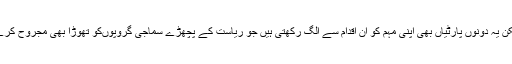
لیکن یہ دونوں پارٹیاں بھی اپنی مہم کو ان اقدام سے الگ رکھتی ہیں جو ریاست کے پچھڑے سماجی گروپوںکو تھوڑا بھی مجروح کرے۔